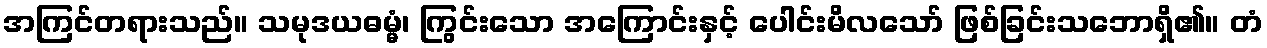
အကြင်တရားသည်။ သမုဒယဓမ္မံ၊ ကြွင်းသော အကြောင်းနှင့် ပေါင်းမိလသော် ဖြစ်ခြင်းသဘောရှိ၏။ တံ